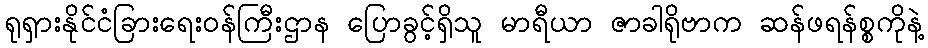
ရုရှားနိုင်ငံခြားရေးဝန်ကြီးဌာန ပြောခွင့်ရှိသူ မာရီယာ ဇာခါရိုဗာက ဆန်ဖရန်စ္စကိုနဲ့